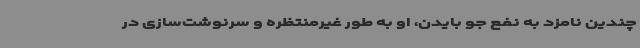
چندین نامزد به نفع جو بایدن، او به طور غیرمنتظره‌ و سرنوشت‌سازی در